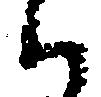
く